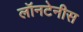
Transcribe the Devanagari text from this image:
लॉनटेनीस